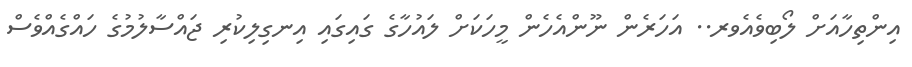
އިންތިހާއަށް ލޯބިވެއެވރ.. އަހަރެން ނޫންއެހެން މީހަކަށް ލައުހާގެ ގައިގައި އިނގިލިކުރި ޖައްސާލުމުގެ ހައްގެއްވެސް